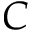
C